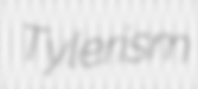
Tylerism